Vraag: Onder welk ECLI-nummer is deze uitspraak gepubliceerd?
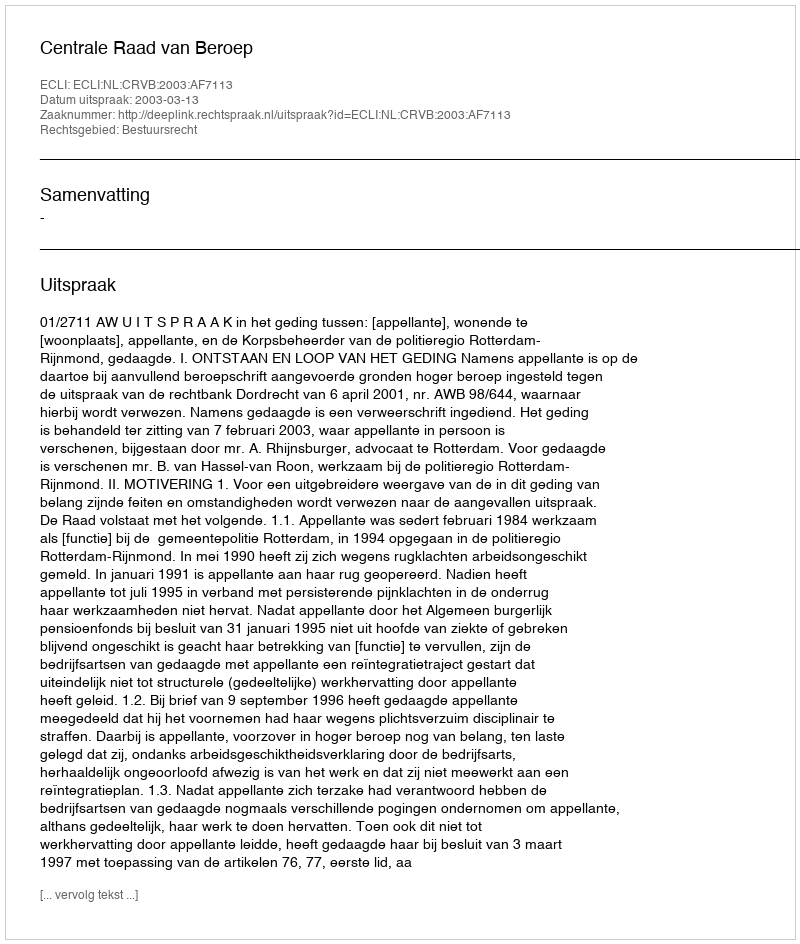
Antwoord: ECLI:NL:CRVB:2003:AF7113